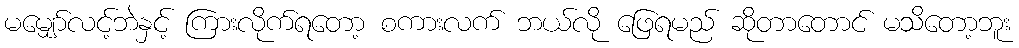
မမျှော်လင့်ဘဲနှင့် ကြားလိုက်ရတော့ စကားလက် ဘယ်လို ဖြေရမည် ဆိုတာတောင် မသိတော့ဘူး